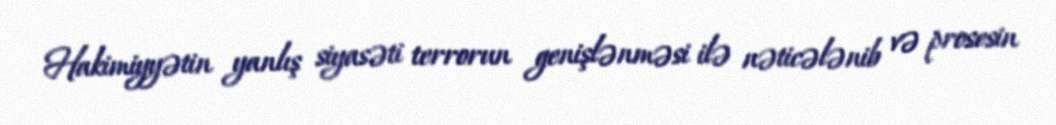
Hakimiyyətin yanlış siyasəti terrorun genişlənməsi ilə nəticələnib və prosesin